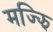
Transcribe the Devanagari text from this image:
मज्झि